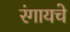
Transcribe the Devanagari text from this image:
रंगायचे